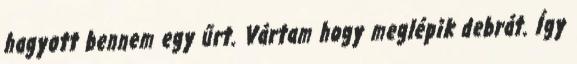
hagyott bennem egy űrt. Vártam hogy meglépik debrát. Így